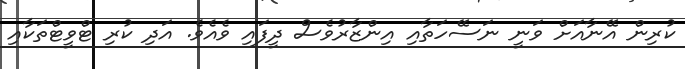
ކުރިން އޭނާއަށް ވަނީ ނަސޭހަތާއި އިންޒާރުވެސް ދީފައި ވެއެވެ. އަދި ކުރި ޓްވީޓްތަކާއި